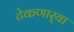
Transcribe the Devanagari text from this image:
टेकणार्‍या